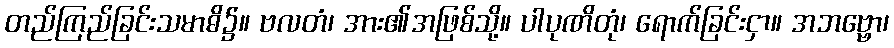
တည်ကြည်ခြင်းသမာဓိ၌။ ဗလတံ၊ အား၏အဖြစ်သို့။ ပါပုဏိတုံ၊ ရောက်ခြင်းငှာ။ အဘဗ္ဗော၊